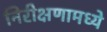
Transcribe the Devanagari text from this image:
निरीक्षणामध्ये